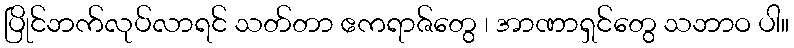
ပြိုင်ဘက်လုပ်လာရင် သတ်တာ ဧကရာဇ်တွေ ၊ အာဏာရှင်တွေ သဘာဝ ပါ။